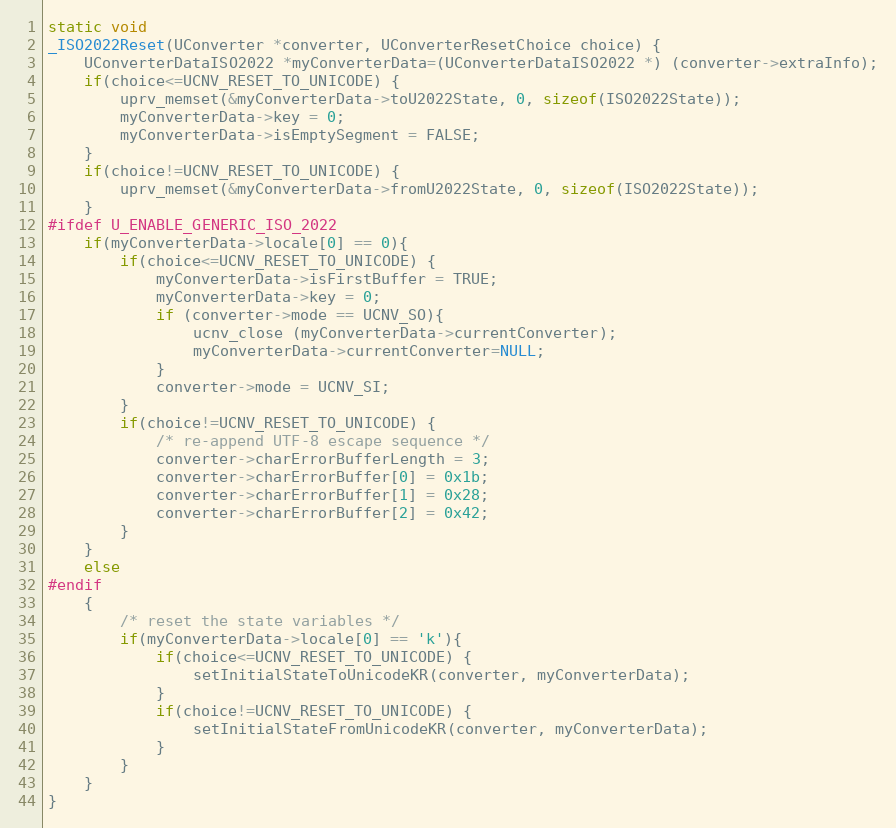
Language: C++
static void
_ISO2022Reset(UConverter *converter, UConverterResetChoice choice) {
    UConverterDataISO2022 *myConverterData=(UConverterDataISO2022 *) (converter->extraInfo);
    if(choice<=UCNV_RESET_TO_UNICODE) {
        uprv_memset(&myConverterData->toU2022State, 0, sizeof(ISO2022State));
        myConverterData->key = 0;
        myConverterData->isEmptySegment = FALSE;
    }
    if(choice!=UCNV_RESET_TO_UNICODE) {
        uprv_memset(&myConverterData->fromU2022State, 0, sizeof(ISO2022State));
    }
#ifdef U_ENABLE_GENERIC_ISO_2022
    if(myConverterData->locale[0] == 0){
        if(choice<=UCNV_RESET_TO_UNICODE) {
            myConverterData->isFirstBuffer = TRUE;
            myConverterData->key = 0;
            if (converter->mode == UCNV_SO){
                ucnv_close (myConverterData->currentConverter);
                myConverterData->currentConverter=NULL;
            }
            converter->mode = UCNV_SI;
        }
        if(choice!=UCNV_RESET_TO_UNICODE) {
            /* re-append UTF-8 escape sequence */
            converter->charErrorBufferLength = 3;
            converter->charErrorBuffer[0] = 0x1b;
            converter->charErrorBuffer[1] = 0x28;
            converter->charErrorBuffer[2] = 0x42;
        }
    }
    else
#endif
    {
        /* reset the state variables */
        if(myConverterData->locale[0] == 'k'){
            if(choice<=UCNV_RESET_TO_UNICODE) {
                setInitialStateToUnicodeKR(converter, myConverterData);
            }
            if(choice!=UCNV_RESET_TO_UNICODE) {
                setInitialStateFromUnicodeKR(converter, myConverterData);
            }
        }
    }
}